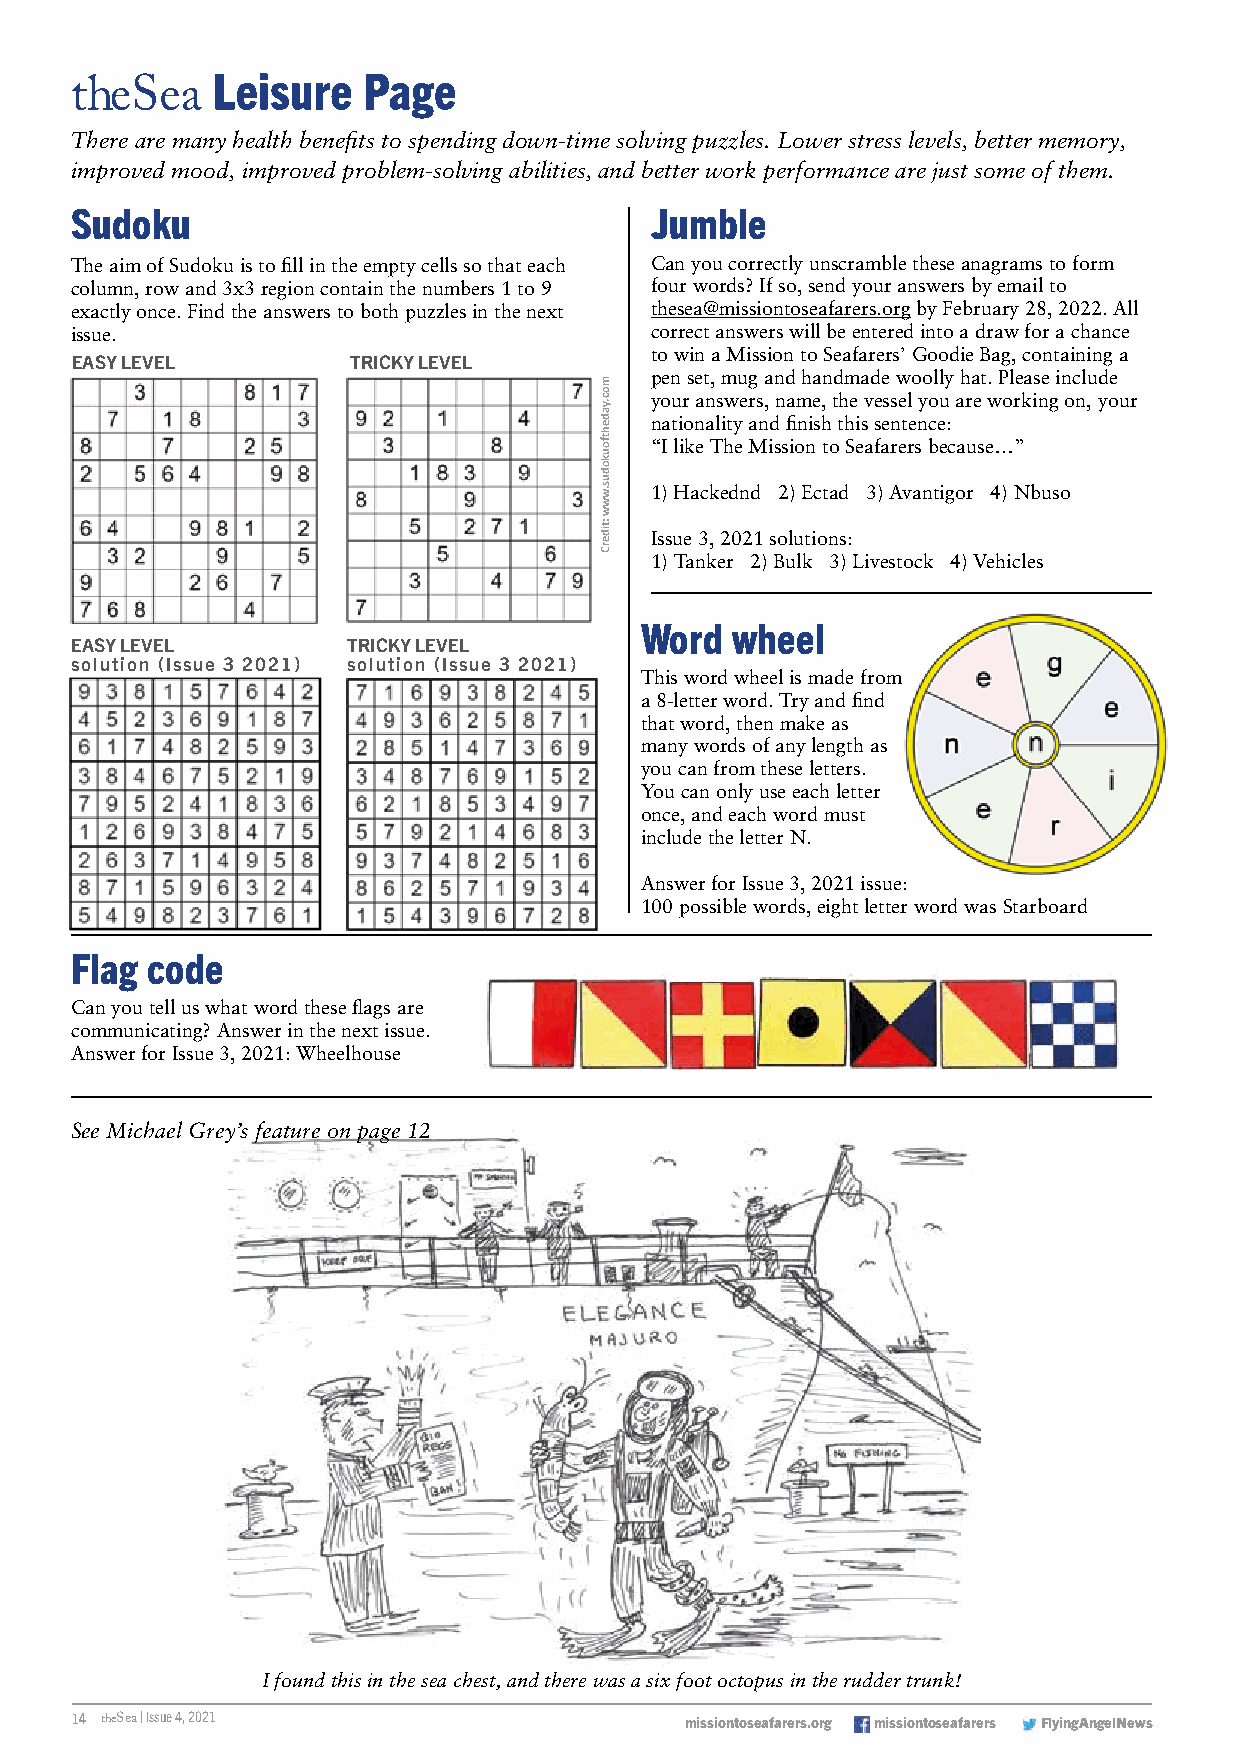
Leisure   Page
 theSea
 There are many health benefits to spending down-time solving puzzles. Lower stress levels, better memory,
 improved mood, improved problem-solving abilities, and better work performance are just some of them.
 Sudoku                                Jumble
 The aim of Sudoku is to fill in the empty cells so that each Can you correctly unscramble these anagrams to form
 column, row and 3x3 region contain the numbers 1 to 9 four words? If so, send your answers by email to
 exactly once. Find the answers to both puzzles in the next thesea@missiontoseafarers.org by February 28, 2022. All
 issue.                                correct answers will be entered into a draw for a chance
 to win a Mission to Seafarers’ Goodie Bag, containing a
 EASY LEVEL        TRICKY LEVEL
 pen set, mug and handmade woolly hat. Please include
 your answers, name, the vessel you are working on, your
 nationality and finish this sentence:
 “I like The Mission to Seafarers because…”
 1) Hackednd 2) Ectad 3) Avantigor 4) Nbuso
 Issue 3, 2021 solutions:
 1) Tanker 2) Bulk 3) Livestock 4) Vehicles
 Word  wheel
 EASY LEVEL        TRICKY LEVEL
 solution (Issue 3 2021) solution (Issue 3 2021)
 This word wheel is made from
 a 8-letter word. Try and find
 that word, then make as
 many words of any length as
 you can from these letters.
 You can only use each letter
 once, and each word must
 include the letter N.
 Answer for Issue 3, 2021 issue:
 100 possible words, eight letter word was Starboard
 Flag code
 Can you tell us what word these flags are
 communicating? Answer in the next issue.
 Answer for Issue 3, 2021: Wheelhouse
 See Michael Grey’s feature on page 12
 I found this in the sea chest, and there was a six foot octopus in the rudder trunk!
 14 theSea | Issue 4, 2021               missiontoseafarers.org missiontoseafarers FlyingAngelNews
 moc.yadehftoukodus.www
 :tiderC